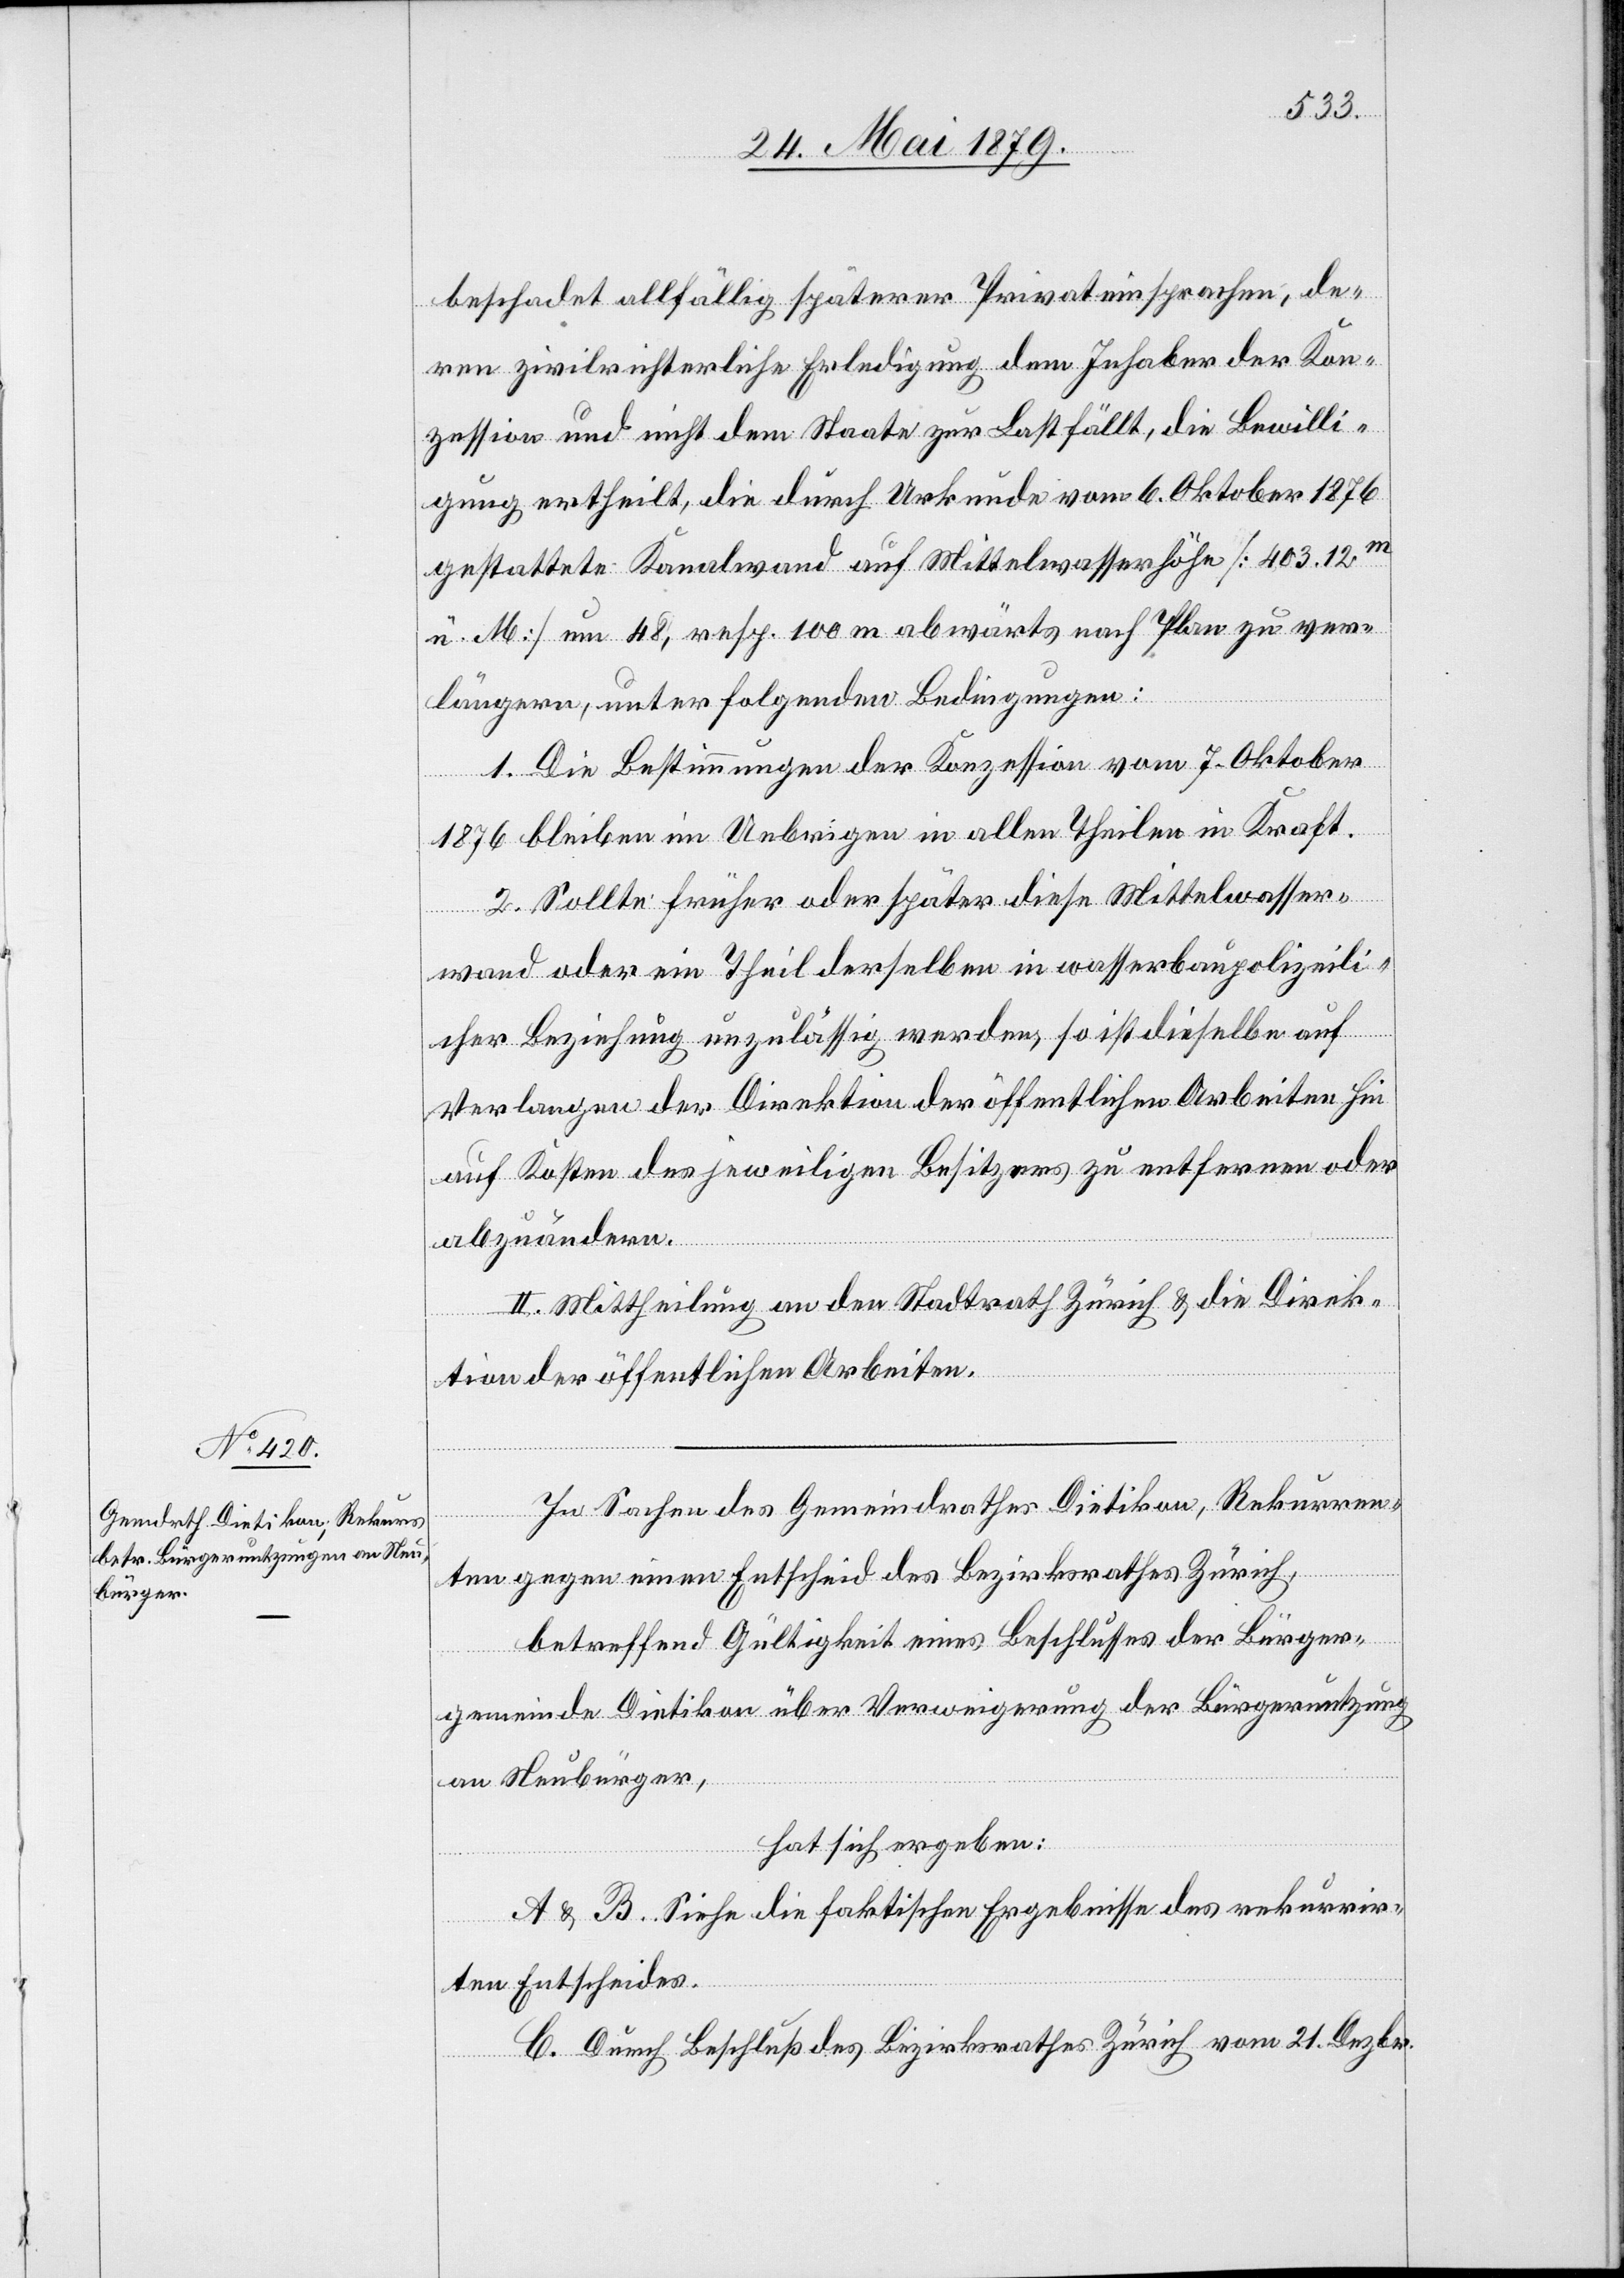
beschadet allfällig späterer Privateinsprachen, de¬
ren zivilrichterliche Erledigung dem Inhaber der Kon¬
zession und nicht dem Staate zur Last fällt, die Bewilli¬
gung ertheilt, die durch Urkunde vom 6. Oktober 1876
gestattete Kanalwand auf Mittelwasserhöhe [403.12m
ü. M] um 48, resp. 100 m abwärts nach Plan zu ver¬
längern, unter folgenden Bedingungen:
1. Die Bestimmungen der Konzession vom 7. Oktober
1876 bleiben im Uebrigen in allen Theilen in Kraft.
2. Sollte früher oder später diese Mittelwasser¬
wand oder ein Theil derselben in wasserbaupolizeili¬
cher Beziehung unzulässig werden, so ist dieselbe auf
Verlangen der Direktion der öffentlichen Arbeiten hin
auf Kosten des jeweiligen Besitzers zu entfernen oder
abzuändern.
II. Mittheilung an den Stadtrath Zürich & die Direk¬
tion der öffentlichen Arbeiten.
In Sachen des Gemeindrathes Dietikon, Rekurren¬
ten gegen einen Entscheid des Bezirksrathes Zürich,
betreffend Gültigkeit eines Beschlusses der Bürger¬
gemeinde Dietikon über Verweigerung der Bürgernutzung
an Neubürger,
hat sich ergeben:
A & B. Siehe die faktischen Ergebnisse des rekurrir¬
ten Entscheides.
C. Durch Beschluß des Bezirksrathes Zürich vom 21. Dezbr.